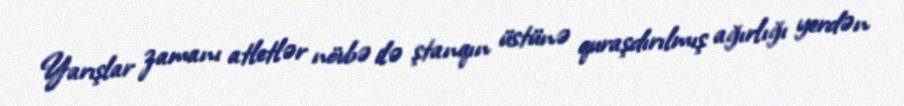
Yarışlar zamanı atletlər növbə ilə ştanqın üstünə quraşdırılmış ağırlığı yerdən